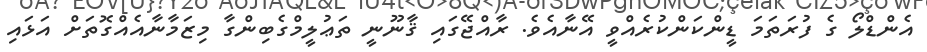
އެންޑްލޯ ގެ ފުރަތަމަ ޑީންކަންކުރެއްވީ އޭނާއެވެ. ރާއްޖޭގައި ޤާނޫނީ ތަޢުލީމްގެބިންގާ މިޒަމާނާއެއްގޮތަށް އަޅައި